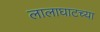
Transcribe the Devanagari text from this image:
लालाघाटच्या